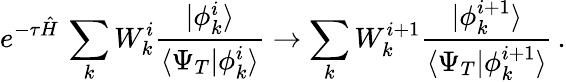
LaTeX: e^{-\tau\hat{H}}\, \sum_{k}W_{k}^{i}\frac{|\phi_{k}^{i}\rangle}{\langle\Psi_{T}|\phi_{k}^{i}\rangle}\rightarrow\sum_{k}W_{k}^{i+1}\frac{|\phi_{k}^{i+1}\rangle}{\langle\Psi_{T}|\phi_{k}^{i+1}\rangle}\, .